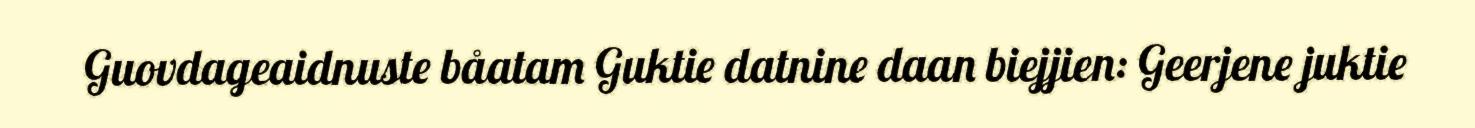
Guovdageaidnuste båatam Guktie datnine daan biejjien: Geerjene juktie